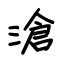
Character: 滄